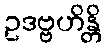
ဥဒဗ္ဗဟိန္တိ